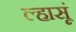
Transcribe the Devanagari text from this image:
ल्हासूं